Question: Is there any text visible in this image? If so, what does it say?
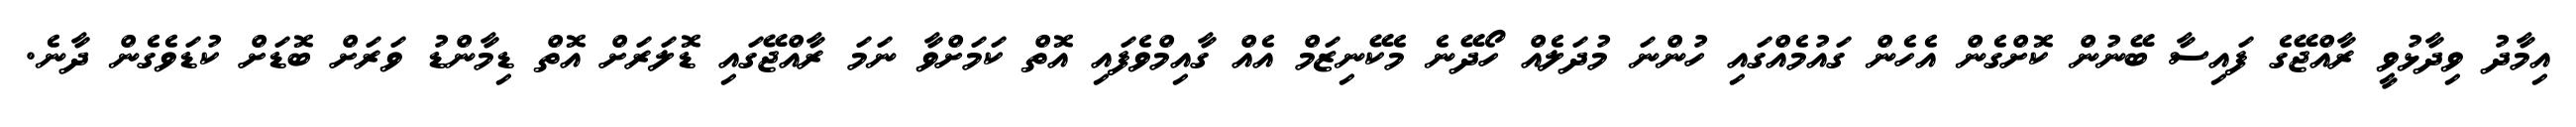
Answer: އިމާދު ވިދާޅުވީ ރާއްޖޭގެ ފައިސާ ބޭނުން ކޮށްގެން އެހެން ގައުމެއްގައި ހުންނަ މުދަލެއް ހޯދޭނެ މެކޭނިޒަމް އެއް ގާއިމްވެފައި އޮތް ކަމަށްވާ ނަމަ ރާއްޖޭގައި ޑޮލަރަށް އޮތް ޑިމާންޑު ވަރަށް ބޮޑަށް ކުޑަވެގެން ދާނެ.